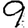
Digit: 9